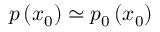
p \left( x _ { 0 } \right) \simeq p _ { 0 } \left( x _ { 0 } \right)